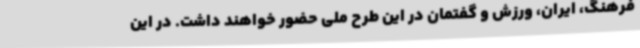
فرهنگ، ایران، ورزش و گفتمان در این طرح ملی حضور خواهند داشت. در این